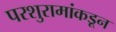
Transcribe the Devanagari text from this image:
परशुरामांकडून